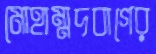
মোহাম্মদবাগের